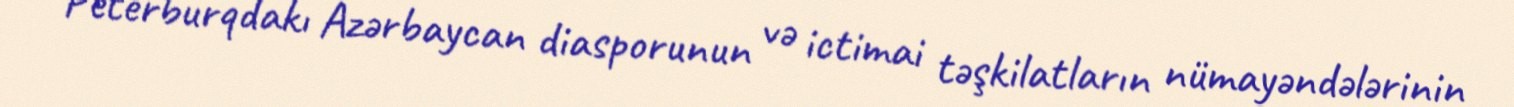
Peterburqdakı Azərbaycan diasporunun və ictimai təşkilatların nümayəndələrinin